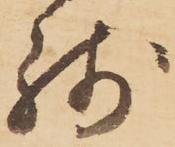
残